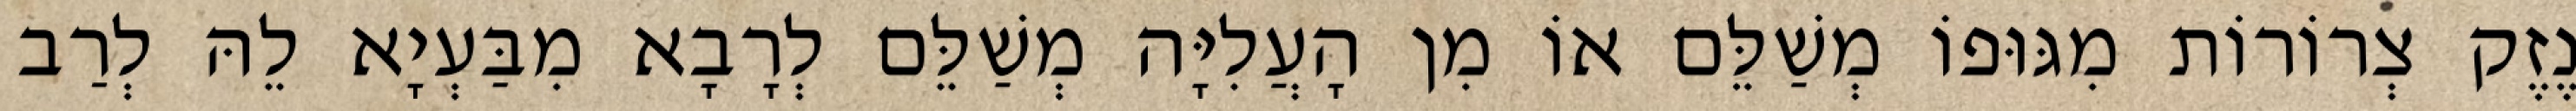
נֶזֶק צְרוֹרוֹת מִגּוּפוֹ מְשַׁלֵּם אוֹ מִן הָעֲלִיָּה מְשַׁלֵּם לְרָבָא מִבַּעְיָא לֵהּ לְרַב